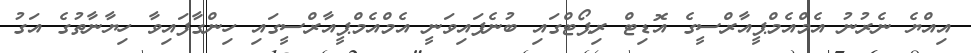
އިއްޔެ ނެރުނު އެމްއެމްޕީއާރްސީގެ އޮޑިޓް ރިޕޯޓްގައި ބުނެފައިވަނީ އެމްއެމްޕީއާރްސީގައި ހިންގާފައިވާ ހިޔާނާތުގެ އަގު